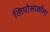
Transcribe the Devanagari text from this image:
लिपोसार्कोमा